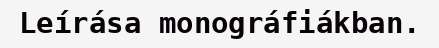
Leírása monográfiákban.